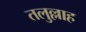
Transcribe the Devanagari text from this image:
तलुल्लाह